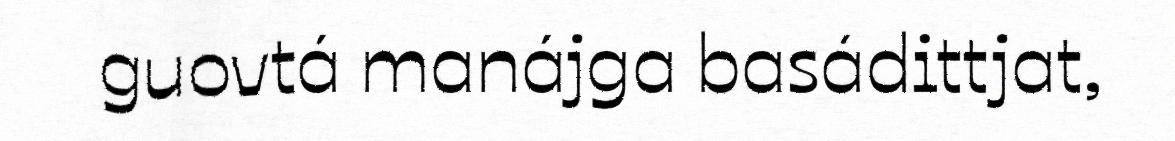
guovtá manájga basádittjat,